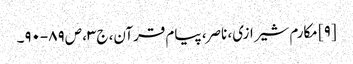
[۹] مکارم شیرازی، ناصر، پیام قرآن، ج‌۳، ص‌۸۹-۹۰۔